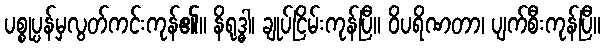
ပစ္စုပ္ပန်မှလွတ်ကင်းကုန်၏။ နိရုဒ္ဓါ၊ ချုပ်ငြိမ်းကုန်ပြီ။ ဝိပရိဏတာ၊ ပျက်စီးကုန်ပြီ။